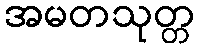
အမတသုတ္တ